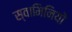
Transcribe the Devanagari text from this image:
स्वामिनियों